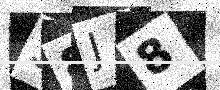
Text: 38J8